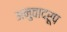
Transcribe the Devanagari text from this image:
अनुवादरूप